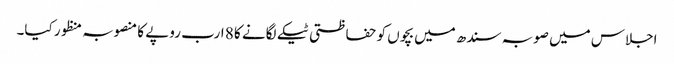
اجلاس میں صوبہ سندھ میں بچوں کو حفاظتی ٹیکے لگانے کا 8 ارب روپے کا منصوبہ منظور کیا۔